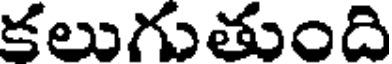
కలుగుతుంది